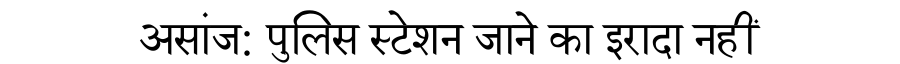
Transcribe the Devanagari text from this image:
असांज: पुलिस स्टेशन जाने का इरादा नहीं